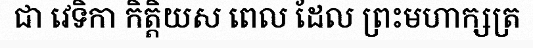
ជា វេទិកា កិត្តិយស ពេល ដែល ព្រះមហាក្សត្រ